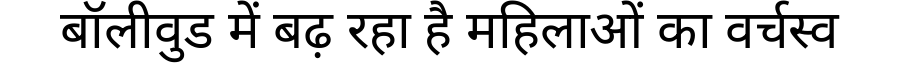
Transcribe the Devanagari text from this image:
बॉलीवुड में बढ़ रहा है महिलाओं का वर्चस्व